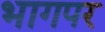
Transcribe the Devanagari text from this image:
भागपर